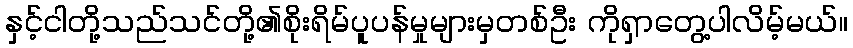
နှင့်ငါတို့သည်သင်တို့၏စိုးရိမ်ပူပန်မှုများမှတစ်ဦး ကိုရှာတွေ့ပါလိမ့်မယ်။